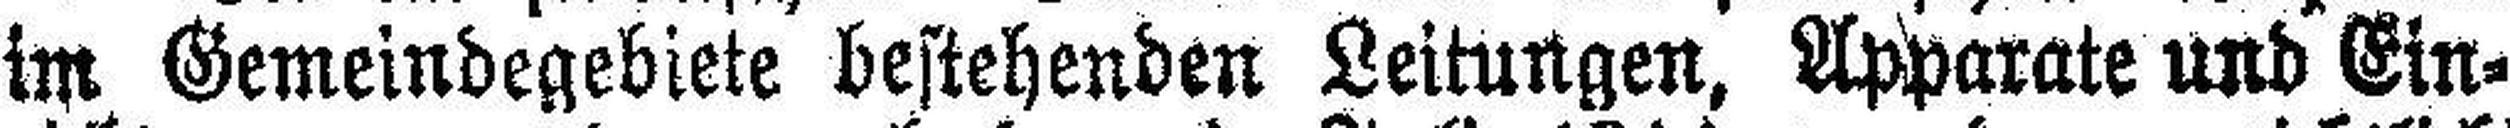
im Gemeindegebiete bestehenden Leitungen, Apparate und Ein¬